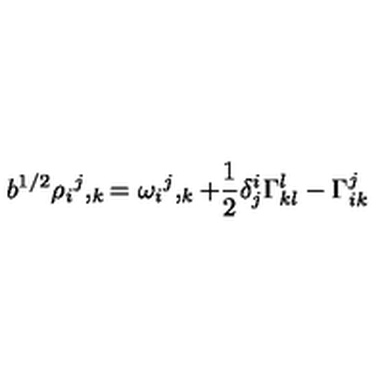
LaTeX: b ^ { 1 / 2 } { \rho _ { i } } ^ { j } , _ { k } = { \omega _ { i } } ^ { j } , _ { k } + { \frac { 1 } { 2 } } \delta _ { j } ^ { i } \Gamma _ { k l } ^ { l } - \Gamma _ { i k } ^ { j }